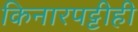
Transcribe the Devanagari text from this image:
किनारपट्टीही